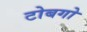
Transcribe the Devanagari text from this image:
टोबगो